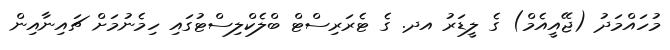
މުހައްމަދު (ޖޭއީއެމް) ގެ ލީޑަރު އދ. ގެ ޓެރަރިސްޓް ބްލެކްލިސްޓުގައި ހިމެނުމަށް ޗައިނާއިން